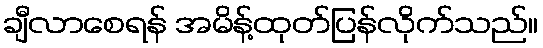
ချီလာစေရန် အမိန့်ထုတ်ပြန်လိုက်သည်။